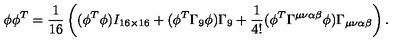
\phi \phi ^ { T } = \frac { 1 } { 1 6 } \left( ( \phi ^ { T } \phi ) I _ { 1 6 \times 1 6 } + ( \phi ^ { T } \Gamma _ { 9 } \phi ) \Gamma _ { 9 } + \frac { 1 } { 4 ! } ( \phi ^ { T } \Gamma ^ { \mu \nu \alpha \beta } \phi ) \Gamma _ { \mu \nu \alpha \beta } \right) .